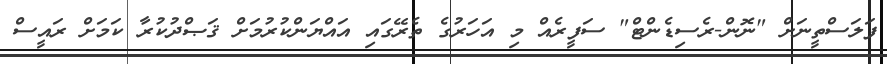
ފަލަސްތީނަށް "ނޮން-ރެސިޑެންޓް" ސަފީރެއް މި އަހަރުގެ ތެރޭގައި އައްޔަންކުރުމަށް ޤަޞްދުކުރާ ކަމަށް ރައީސް